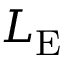
L _ { \mathrm { E } }